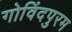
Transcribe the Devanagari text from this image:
गोविंदपुरम